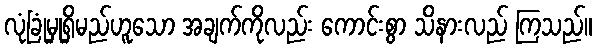
လုံခြုံမှုရှိမည်ဟူသော အချက်ကိုလည်း ကောင်းစွာ သိနားလည် ကြသည်။